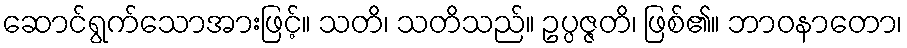
ဆောင်ရွက်သောအားဖြင့်။ သတိ၊ သတိသည်။ ဥပ္ပဇ္ဇတိ၊ ဖြစ်၏။ ဘာဝနာတော၊